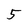
Character: 5